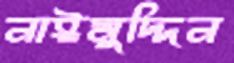
নাঈমুদ্দিন